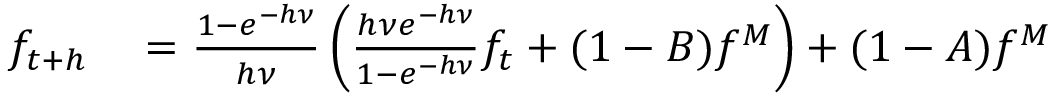
\begin{array} { r l } { f _ { t + h } } & { { } = \frac { 1 - e ^ { - h \nu } } { h \nu } \left( \frac { h \nu e ^ { - h \nu } } { 1 - e ^ { - h \nu } } f _ { t } + ( 1 - B ) f ^ { M } \right) + ( 1 - A ) f ^ { M } } \end{array}